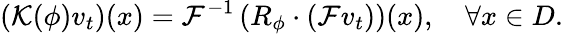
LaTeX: \left(\mathcal{K}(\phi)v_{t}\right)(x)=\mathcal{F}^{-1}\left(R_{\phi}\cdot\left(\mathcal{F}v_{t}\right)\right)(x),\quad\forall x\in D.